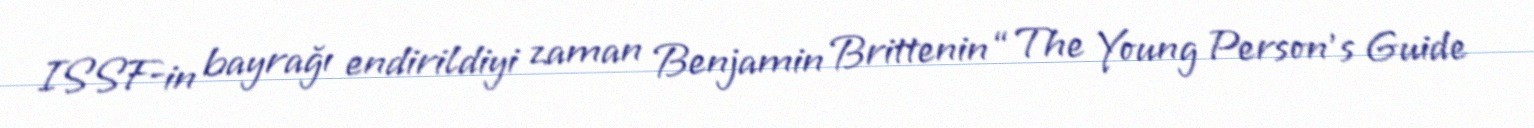
ISSF-in bayrağı endirildiyi zaman Benjamin Brittenin “The Young Person’s Guide